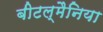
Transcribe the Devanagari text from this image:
बीटल्मैनिया